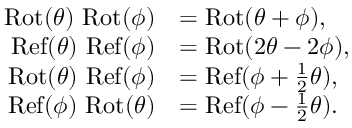
{ \begin{array} { r l } { \operatorname { R o t } ( \theta ) \, \operatorname { R o t } ( \phi ) } & { = \operatorname { R o t } ( \theta + \phi ) , } \\ { \operatorname { R e f } ( \theta ) \, \operatorname { R e f } ( \phi ) } & { = \operatorname { R o t } ( 2 \theta - 2 \phi ) , } \\ { \operatorname { R o t } ( \theta ) \, \operatorname { R e f } ( \phi ) } & { = \operatorname { R e f } ( \phi + { \frac { 1 } { 2 } } \theta ) , } \\ { \operatorname { R e f } ( \phi ) \, \operatorname { R o t } ( \theta ) } & { = \operatorname { R e f } ( \phi - { \frac { 1 } { 2 } } \theta ) . } \end{array} }